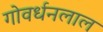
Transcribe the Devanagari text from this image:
गोवर्धनलाल